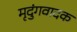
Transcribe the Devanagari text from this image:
मृदुंगवादक